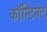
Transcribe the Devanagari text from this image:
काॅन्टिनेट